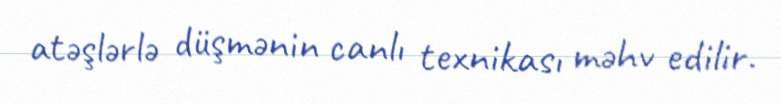
atəşlərlə düşmənin canlı texnikası məhv edilir.